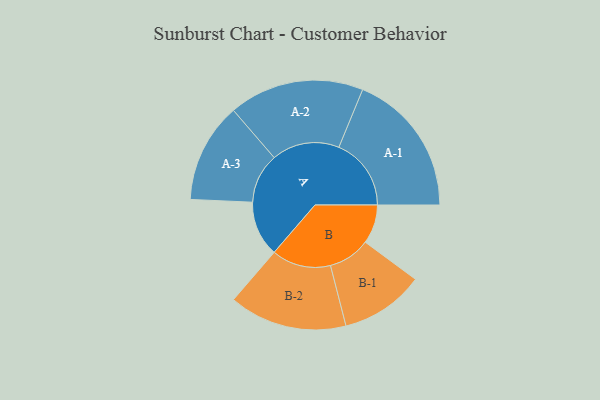
{"axis": {"x": "Segment", "y": "Value"}, "legend": ["", "A", "B"], "data": [{"x": "A", "y": 213, "type": ""}, {"x": "B", "y": 150, "type": ""}, {"x": "A-1", "y": 278, "type": "A"}, {"x": "A-2", "y": 260, "type": "A"}, {"x": "A-3", "y": 192, "type": "A"}, {"x": "B-1", "y": 161, "type": "B"}, {"x": "B-2", "y": 227, "type": "B"}]}